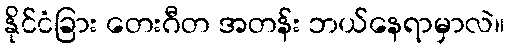
နိုင်ငံခြား တေးဂီတ အတန်း ဘယ်နေရာမှာလဲ။